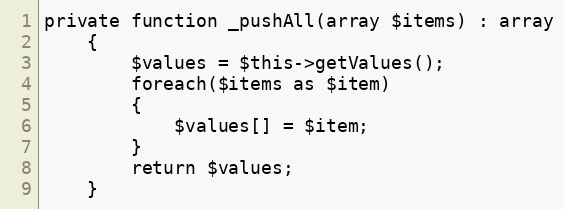
Language: PHP
private function _pushAll(array $items) : array
    {
        $values = $this->getValues();
        foreach($items as $item)
        {
            $values[] = $item;
        }
        return $values;
    }